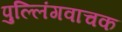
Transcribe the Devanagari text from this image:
पुल्लिंगवाचक